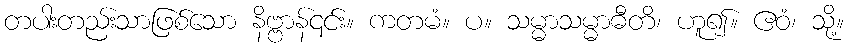
တပါးတည်းသာဖြစ်သော နိဗ္ဗာန်၎င်း။ ကတမံ။ ပ။ သမ္မာသမ္မာဓီတိ၊ ဟူ၍။ ဧဝံ၊ သို့။